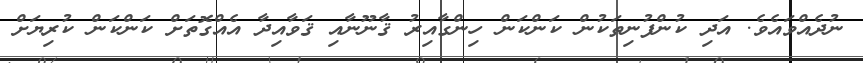
ނުދެއްވައެވެ. އަދި ކުންފުނިތަކުން ކަންކަން ހިންގާއިރު ޤާނޫނާއި ޤަވާއިދާ އެއްގޮތަށް ކަންކަން ކުރިޔަށް